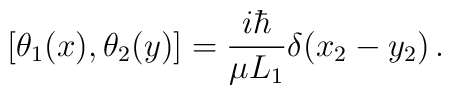
[\theta_1(x), \theta_2(y)] = {i\hbar \over \mu L_1} \delta(x_2 - y_2)\,.